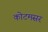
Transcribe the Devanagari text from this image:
कोटमसर